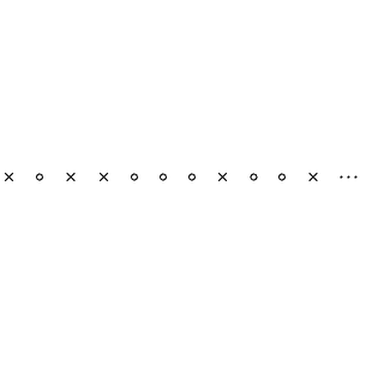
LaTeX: \times \quad \circ \quad \times \quad \times \quad \circ \quad \circ \quad \circ \quad \times \quad \circ \quad \circ \quad \times \quad \cdots